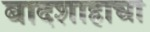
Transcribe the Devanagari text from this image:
बादशाहाचा